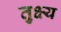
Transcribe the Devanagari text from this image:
तुक्ष्य